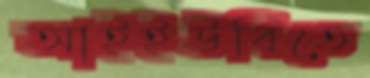
আইইউবিতে